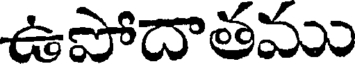
ఉపోదాతము